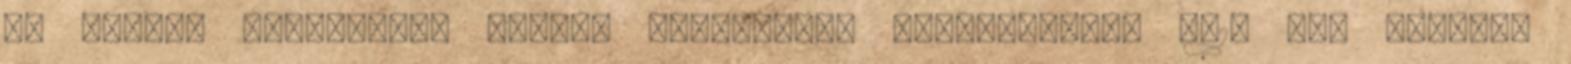
Ft Fontos tudnivalók Inkább felhívnál? Munkanapokon 9-15 óra között: